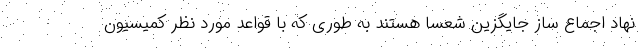
نهاد اجماع ساز جایگزین شعسا هستند به طوری که با قواعد مورد نظر کمیسیون